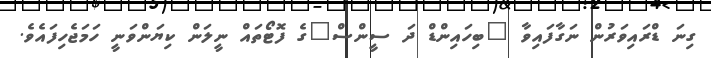
ގިނަ ޑްރައިވަރުން ނަގާފައިވާ "ބިހައިންޑް ދަ ސީންސް"ގެ ފޮޓޯތައް ނީލަން ކިޔަންވަނީ ހަމަޖެހިފައެވެ.